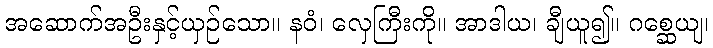
အဆောက်အဦးနှင့်ယှဉ်သော။ နဝံ၊ လှေကြီးကို။ အာဒါယ၊ ချီယူ၍။ ဂစ္ဆေယျ၊